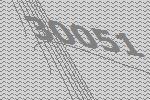
30051